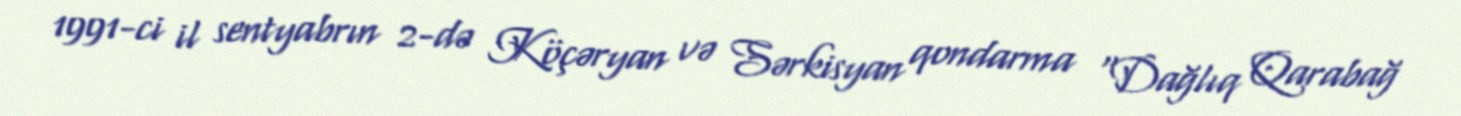
1991-ci il sentyabrın 2-də Köçəryan və Sərkisyan qondarma “Dağlıq Qarabağ